Annual administration and progress report of the Indian Medical Department, Bombay
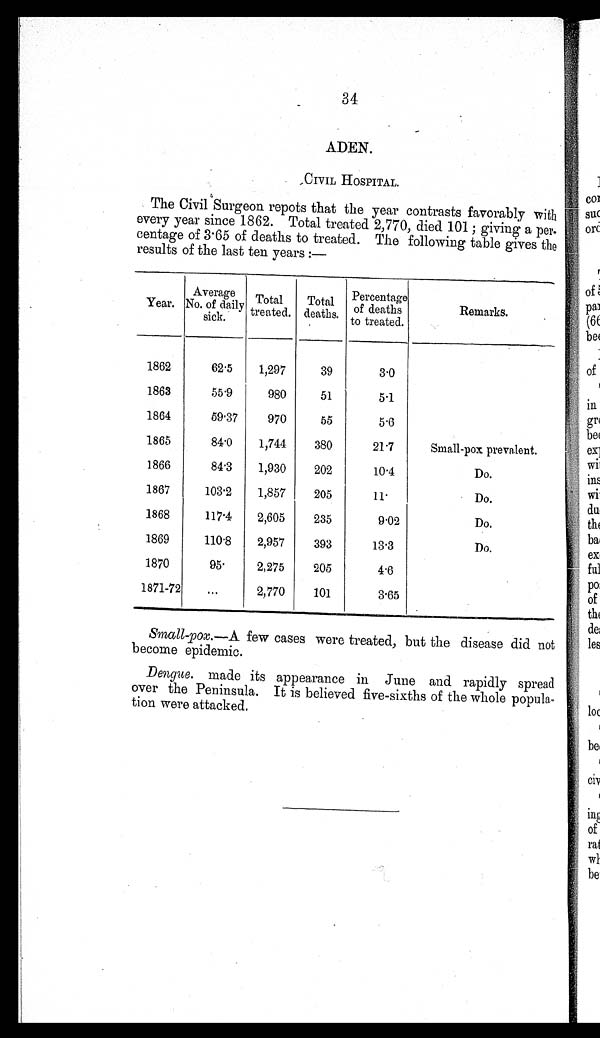
34
ADEN.
CIVIL HOSPITAL.
The Civil Surgeon repots that the year contrasts favorably with
every year since 1862. Total treated 2,770, died 101; giving a per
-centage of 3.65 of deaths to treated. The following table gives the
results of the last ten years :—
Year.
Average
No. of daily
sick.
Total
treated.
Total
deaths.
Percentage
of deaths
to treated.
Remarks.
1862
62.5
1,297
39
3.0
1863
55.9
980
51
5.1
1864
5 9 . 3 7
970
55
5.6
1865
84.0
1,744
380
21.7
Small-pox prevalent.
1866
84.3
1,930
202
10.4
Do.
1867
1 0 3 . 2
1,857
205
1 1 .
Do.
1868
117.4
2,605
235
9.02
D o .
1869
110.8
2,957
393
13.3
Do.
1870
95.
2,275
205
4.6
1871-72
...
2,770
101
3.65
Small-pox.—A few cases were treated, but the disease did not
become epidemic.
Dengue. made its appearance in June and rapidly spread
over the Peninsula. It is believed five-sixths of the whole popula-
tion were attacked.